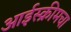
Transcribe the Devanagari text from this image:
आईस्क्रीमचा